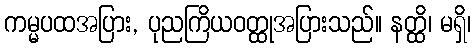
ကမ္မပထအပြား, ပုညကြိယဝတ္ထုအပြားသည်။ နတ္ထိ၊ မရှိ၊